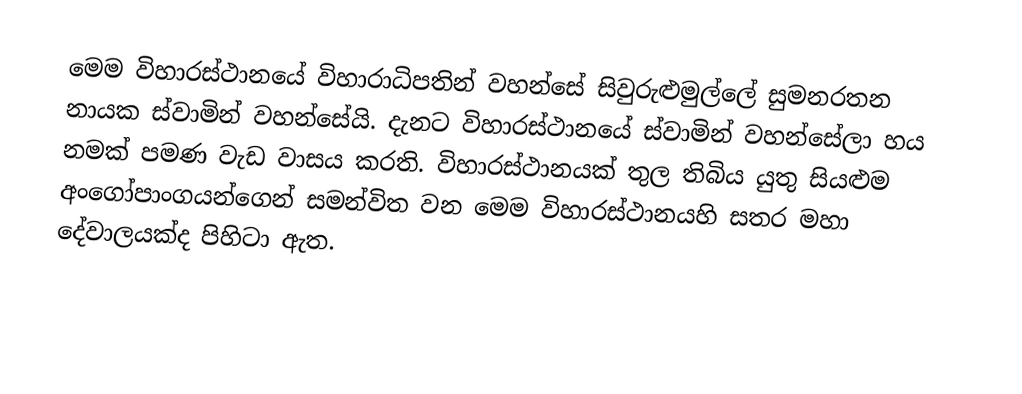
මෙම විහාරස්ථානයේ විහාරාධිපතින් වහන්සේ සිවුරුළුමුල්ලේ සුමනරතන නායක ස්වාමින් වහන්සේයි. දැනට විහාරස්ථානයේ ස්වාමින් වහන්සේලා හය නමක් පමණ වැඩ වාසය කරති. විහාරස්ථානයක් තුල තිබිය යුතු සියළුම අංගෝපාංගයන්ගෙන් සමන්විත වන මෙම විහාරස්ථානයහි සතර මහා දේවාලයක්ද පිහිටා ඇත.